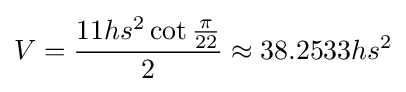
V={\frac {11hs^{2}\cot {\frac {\pi }{22}}}{2}}\approx 38.2533hs^{2}